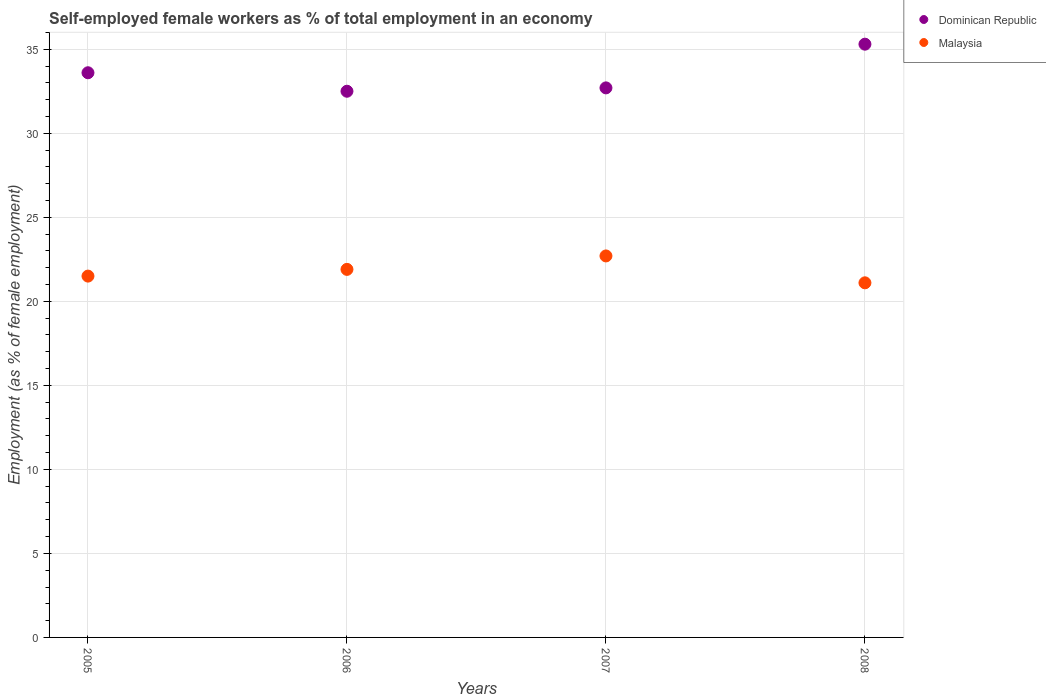
| Years | Dominican Republic | Malaysia |
 | --- | --- | --- |
 | 2005 | 33.6 | 21.5 |
 | 2006 | 32.5 | 21.9 |
 | 2007 | 32.7 | 22.7 |
 | 2008 | 35.3 | 21.1 |